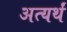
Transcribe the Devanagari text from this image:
अत्यर्थं